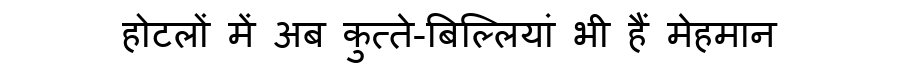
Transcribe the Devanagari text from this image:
होटलों में अब कुत्ते-बिल्लियां भी हैं मेहमान